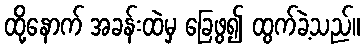
ထို့နောက် အခန်းထဲမှ ခြေဖွ၍ ထွက်ခဲ့သည်။